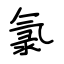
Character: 氯